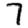
Digit: 7